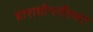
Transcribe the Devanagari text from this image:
बारावीपर्यँतच्या